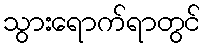
သွားရောက်ရာတွင်